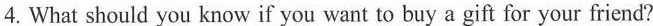
4.What should you know if you want to buy a gift for your friend?